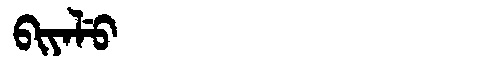
Manchu: ᠪᡳᠶᠠᠯᡠ
Romanization: BIYALU